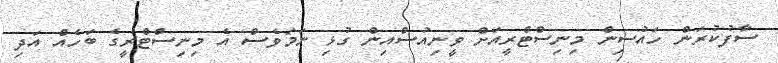
ސާފުކުރަން ހައުސިން މިނިސްޓްރީއަށް ވީނިއުސްއިން ގުޅި ނަމަވެސް އެ މިނިސްޓްރީގެ ބަހެއް އަދި